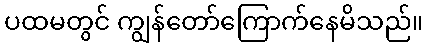
ပထမတွင် ကျွန်တော်ကြောက်နေမိသည်။